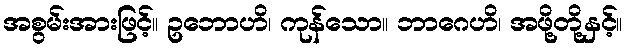
အစွမ်းအားဖြင့်။ ဥဘောဟိ၊ ကုန်သော။ ဘာဂေဟိ၊ အဖို့တို့နှင့်။